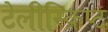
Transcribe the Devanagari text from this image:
टेलीस्क्रिप्ट